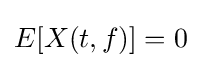
E[X(t,f)]=0